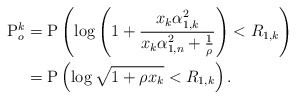
\begin{align*}\mathrm{P}^k_o &= \mathrm{P}\left(\log\left(1+\frac{x_k \alpha_{1,k}^2 }{ x_k \alpha_{1,n}^2 + \frac{1}{\rho}}\right) <R_{1,k} \right)\\ &= \mathrm{P}\left(\log \sqrt{1+\rho x_k}<R_{1,k} \right).\end{align*}